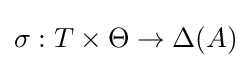
\sigma :T\times \Theta \rightarrow \Delta (A)